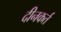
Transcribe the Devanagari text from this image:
दीनकर्त